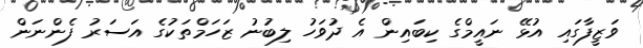
ވަޒީފާގައި އުޅޭ ނައީމްގެ ކިބައިން އެ ދުވަހު ލިބުނު ޒަހަމްތަކުގެ އަސަރު ފެންނަން